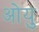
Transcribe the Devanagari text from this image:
ओयु